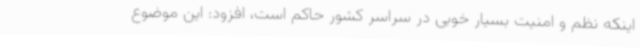
اینکه نظم و امنیت بسیار خوبی در سراسر کشور حاکم است، افزود: این موضوع